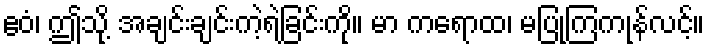
ဧဝံ၊ ဤသို့ အချင်းချင်းကဲ့ရဲ့ခြင်းကို။ မာ ကရောထ၊ မပြုကြကုန်လင့်။